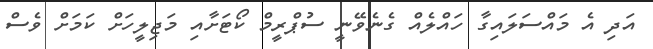
އަދި އެ މައްސަލައިގާ ހައްލެއް ގެނެވޭނީ ސުޕްރީމް ކޯޓަށާއި މަޖިލީހަށް ކަމަށް ވެސް